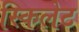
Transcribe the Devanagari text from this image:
स्किलेट